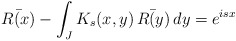
\begin{align*}\bar{R(x)}-\int_JK_s(x,y)\,\bar{R(y)}\,dy=e^{isx}\end{align*}